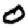
Digit: 0